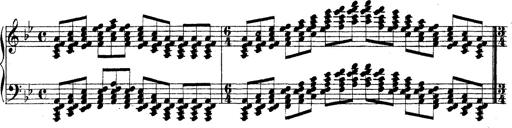
Title: Technische Studien
Composer: Franz Liszt